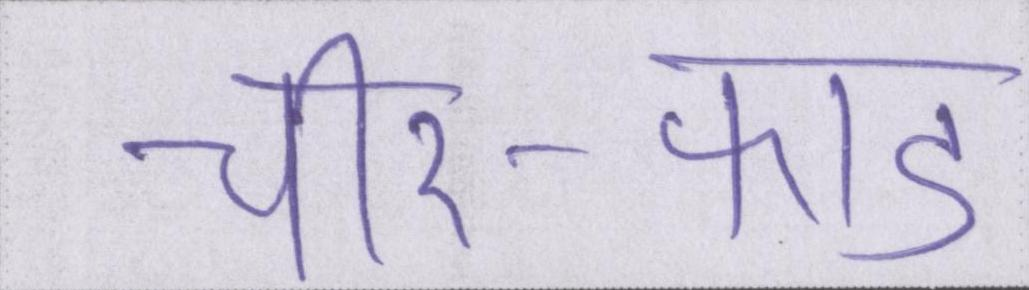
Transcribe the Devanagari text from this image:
चीर-फाड़